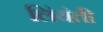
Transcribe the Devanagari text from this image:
लिंयंती